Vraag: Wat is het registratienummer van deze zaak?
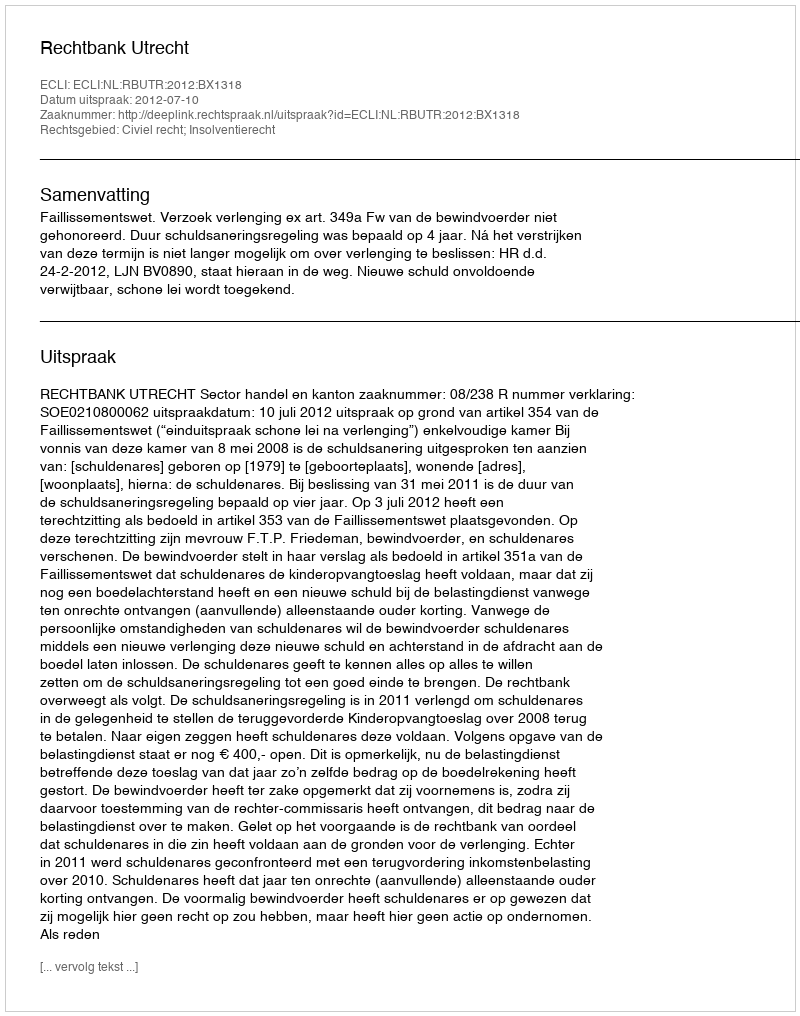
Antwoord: http://deeplink.rechtspraak.nl/uitspraak?id=ECLI:NL:RBUTR:2012:BX1318